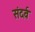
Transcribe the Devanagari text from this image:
संदर्व